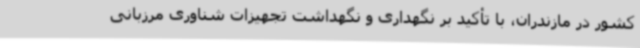
کشور در مازندران، با تأکید بر نگهداری و نگهداشت تجهیزات شناوری مرزبانی